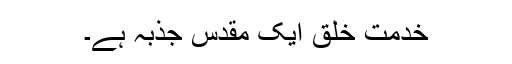
خدمت خلق ایک مقدس جذبہ ہے۔